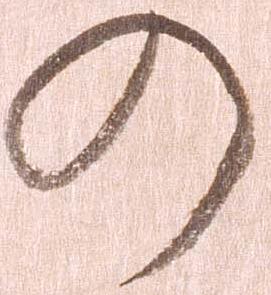
の